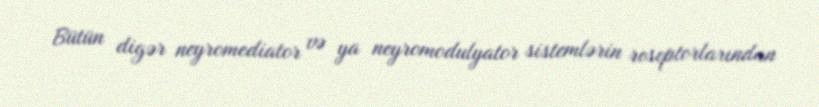
Bütün digər neyromediator və ya neyromodulyator sistemlərin reseptorlarından